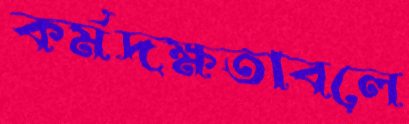
কর্মদক্ষতাবলে